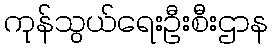
ကုန်သွယ်ရေးဦးစီးဌာန